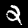
Digit: 2